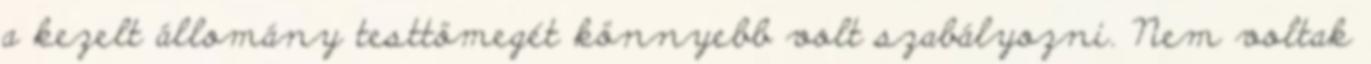
a kezelt állomány testtömegét könnyebb volt szabályozni. Nem voltak